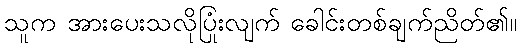
သူက အားပေးသလိုပြုံးလျက် ခေါင်းတစ်ချက်ညိတ်၏။